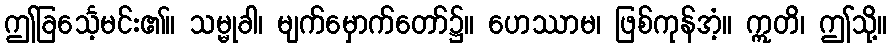
ဤခြင်္သေ့မင်း၏။ သမ္မုခါ၊ မျက်မှောက်တော်၌။ ဟေဿာမ၊ ဖြစ်ကုန်အံ့။ ဣတိ၊ ဤသို့။